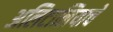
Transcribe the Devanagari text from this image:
अलिटालियाचे